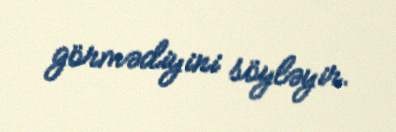
görmədiyini söyləyir.